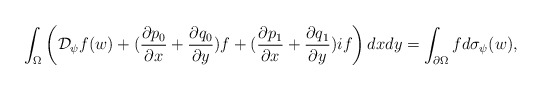
\begin{align*} \int_\Omega\left( {\mathcal D}_{\psi} f(w) + ( \frac{\partial p_0}{\partial x } + \frac{\partial q_0}{\partial y } )f + ( \frac{\partial p_1}{\partial x } + \frac{\partial q_1}{\partial y } ) { i} f\right)dxdy =\int_{\partial \Omega} f d\sigma_{\psi}(w), \end{align*}